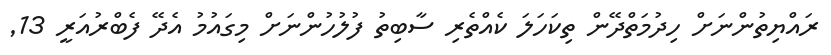
ރައްޔިތުންނަށް ހިދުމަތްދޭން ތިކަހަލަ ކެއްތެރި ސާބިތު ފުލުހުންނަށް މިގައުމު އެދޭ ފެބްރުއަރީ 13